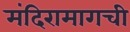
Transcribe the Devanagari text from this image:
मंदिरामागची